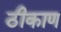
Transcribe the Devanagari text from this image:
ठीकाण